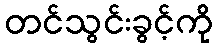
တင်သွင်းခွင့်ကို